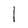
Character: l